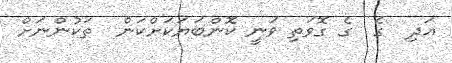
އަދި  ގެ  ގެ ގޮވަތި ވަނީ ކޮންބަޔަކަށްކަން  ތަކުންނަށް